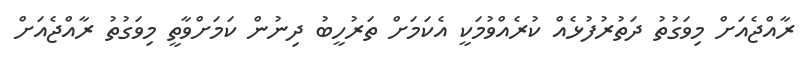
ރާއްޖެއަށް މިވަގުތު ދަތުރުފުޅެއް ކުރެއްވުމަކީ އެކަމަށް ތަރުހީބު ދިނުން ކަމަށްވާތީ މިވަގުތު ރާއްޖެއަށް